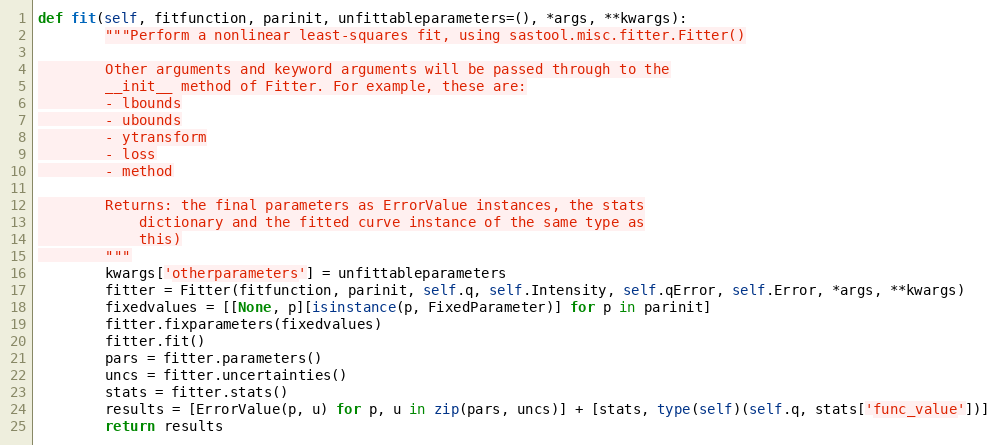
Language: Python
def fit(self, fitfunction, parinit, unfittableparameters=(), *args, **kwargs):
        """Perform a nonlinear least-squares fit, using sastool.misc.fitter.Fitter()

        Other arguments and keyword arguments will be passed through to the
        __init__ method of Fitter. For example, these are:
        - lbounds
        - ubounds
        - ytransform
        - loss
        - method

        Returns: the final parameters as ErrorValue instances, the stats
            dictionary and the fitted curve instance of the same type as
            this)
        """
        kwargs['otherparameters'] = unfittableparameters
        fitter = Fitter(fitfunction, parinit, self.q, self.Intensity, self.qError, self.Error, *args, **kwargs)
        fixedvalues = [[None, p][isinstance(p, FixedParameter)] for p in parinit]
        fitter.fixparameters(fixedvalues)
        fitter.fit()
        pars = fitter.parameters()
        uncs = fitter.uncertainties()
        stats = fitter.stats()
        results = [ErrorValue(p, u) for p, u in zip(pars, uncs)] + [stats, type(self)(self.q, stats['func_value'])]
        return results